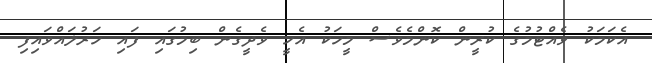
އެކަމަކު ވެއްޓުމުގެ ކުރީން ކޮންމެވެސް މީހަކު އެހީ ވެދީގެން ބިމުގައި ފައި ހަރުލައްވައިފި